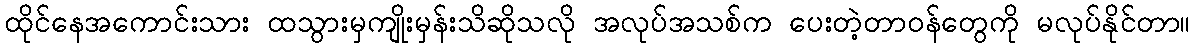
ထိုင်နေအကောင်းသား ထသွားမှကျိုးမှန်းသိဆိုသလို အလုပ်အသစ်က ပေးတဲ့တာဝန်တွေကို မလုပ်နိုင်တာ။